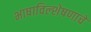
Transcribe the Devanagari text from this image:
भाषाविल्शेषणाचे